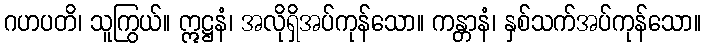
ဂဟပတိ၊ သူကြွယ်။ ဣဋ္ဌနံ၊ အလိုရှိအပ်ကုန်သော။ ကန္တာနံ၊ နှစ်သက်အပ်ကုန်သော။